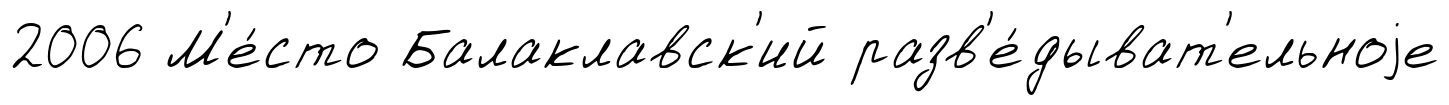
2006 М'е́сто Балаклавск'ий разв'е́дыват'ельноjе